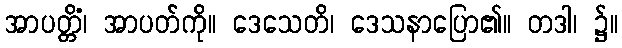
အာပတ္တိံ၊ အာပတ်ကို။ ဒေသေတိ၊ ဒေသနာပြော၏။ တဒါ၊ ၌။